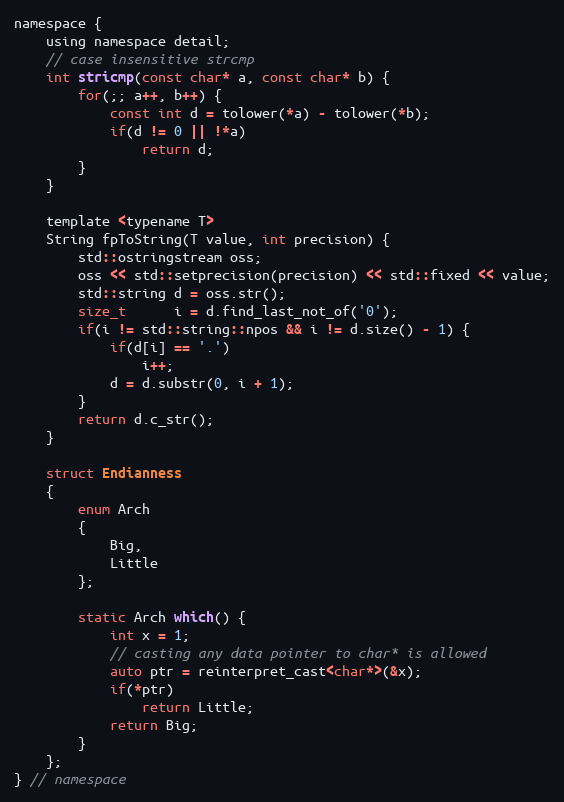
Language: C
namespace {
    using namespace detail;
    // case insensitive strcmp
    int stricmp(const char* a, const char* b) {
        for(;; a++, b++) {
            const int d = tolower(*a) - tolower(*b);
            if(d != 0 || !*a)
                return d;
        }
    }

    template <typename T>
    String fpToString(T value, int precision) {
        std::ostringstream oss;
        oss << std::setprecision(precision) << std::fixed << value;
        std::string d = oss.str();
        size_t      i = d.find_last_not_of('0');
        if(i != std::string::npos && i != d.size() - 1) {
            if(d[i] == '.')
                i++;
            d = d.substr(0, i + 1);
        }
        return d.c_str();
    }

    struct Endianness
    {
        enum Arch
        {
            Big,
            Little
        };

        static Arch which() {
            int x = 1;
            // casting any data pointer to char* is allowed
            auto ptr = reinterpret_cast<char*>(&x);
            if(*ptr)
                return Little;
            return Big;
        }
    };
} // namespace